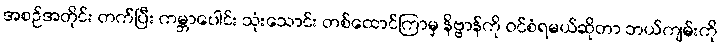
အစဉ်အတိုင်း တက်ပြီး ကမ္ဘာပေါင်း သုံးသောင်း တစ်ထောင်ကြာမှ နိဗ္ဗာန်ကို ဝင်စံရမယ်ဆိုတာ ဘယ်ကျမ်းကို